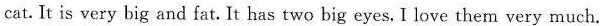
cat. It is very big and fat. It has two big eyes. I love them very much.